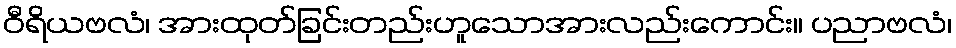
ဝီရိယဗလံ၊ အားထုတ်ခြင်းတည်းဟူသောအားလည်းကောင်း။ ပညာဗလံ၊